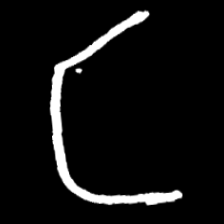
Pyu character \u2014 Myanmar letter: င (romanized: nga)